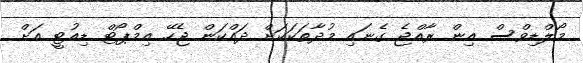
މޯލްޑިވްސް އިން ރާއްޖެ ގެނައި މުދާތަކަކަށް ދައްކަން ޖެހޭ އިމްޕޯޓް ޑިއުޓީ އަށް